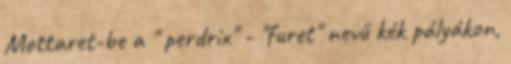
Mottaret-be a " perdrix" - "furet" nevű kék pályákon,